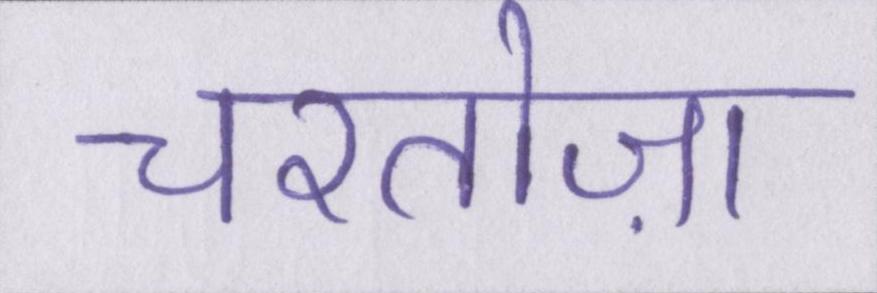
चरतोज़ा